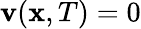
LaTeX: \mathbf{v}(\mathbf{x},T)=0